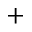
^ +